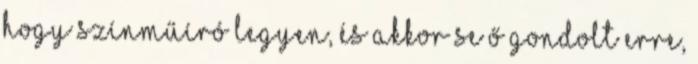
hogy színműíró legyen, és akkor se ő gondolt erre,